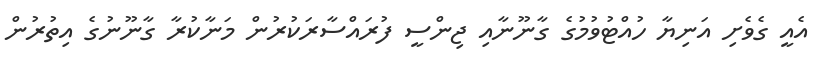
އެއީ ގެވެށި އަނިޔާ ހުއްޓުވުމުގެ ގާނޫނާއި ޖިންސީ ފުރައްސާރަކުރުން މަނާކުރާ ގާނޫނުގެ އިތުރުން